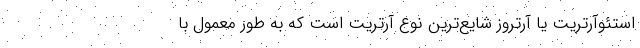
استئوآرتریت یا آرتروز شایع‌ترین نوع آرتریت است که به طور معمول با